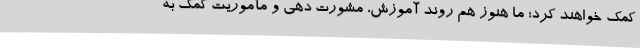
کمک خواهند کرد؛ ما هنوز هم روند آموزش، مشورت دهی و مأموریت کمک به